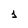
Character: 1